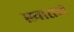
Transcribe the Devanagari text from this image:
खातमे